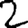
Digit: 2